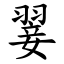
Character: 翣